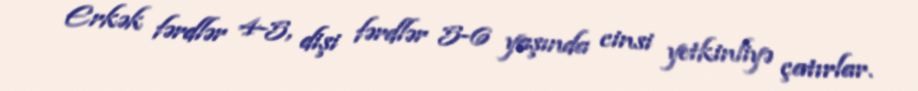
Erkək fərdlər 4-5, dişi fərdlər 5-6 yaşında cinsi yetkinliyə çatırlar.